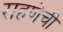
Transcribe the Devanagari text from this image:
राहणेची